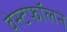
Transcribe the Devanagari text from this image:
वेस्टफॉलने